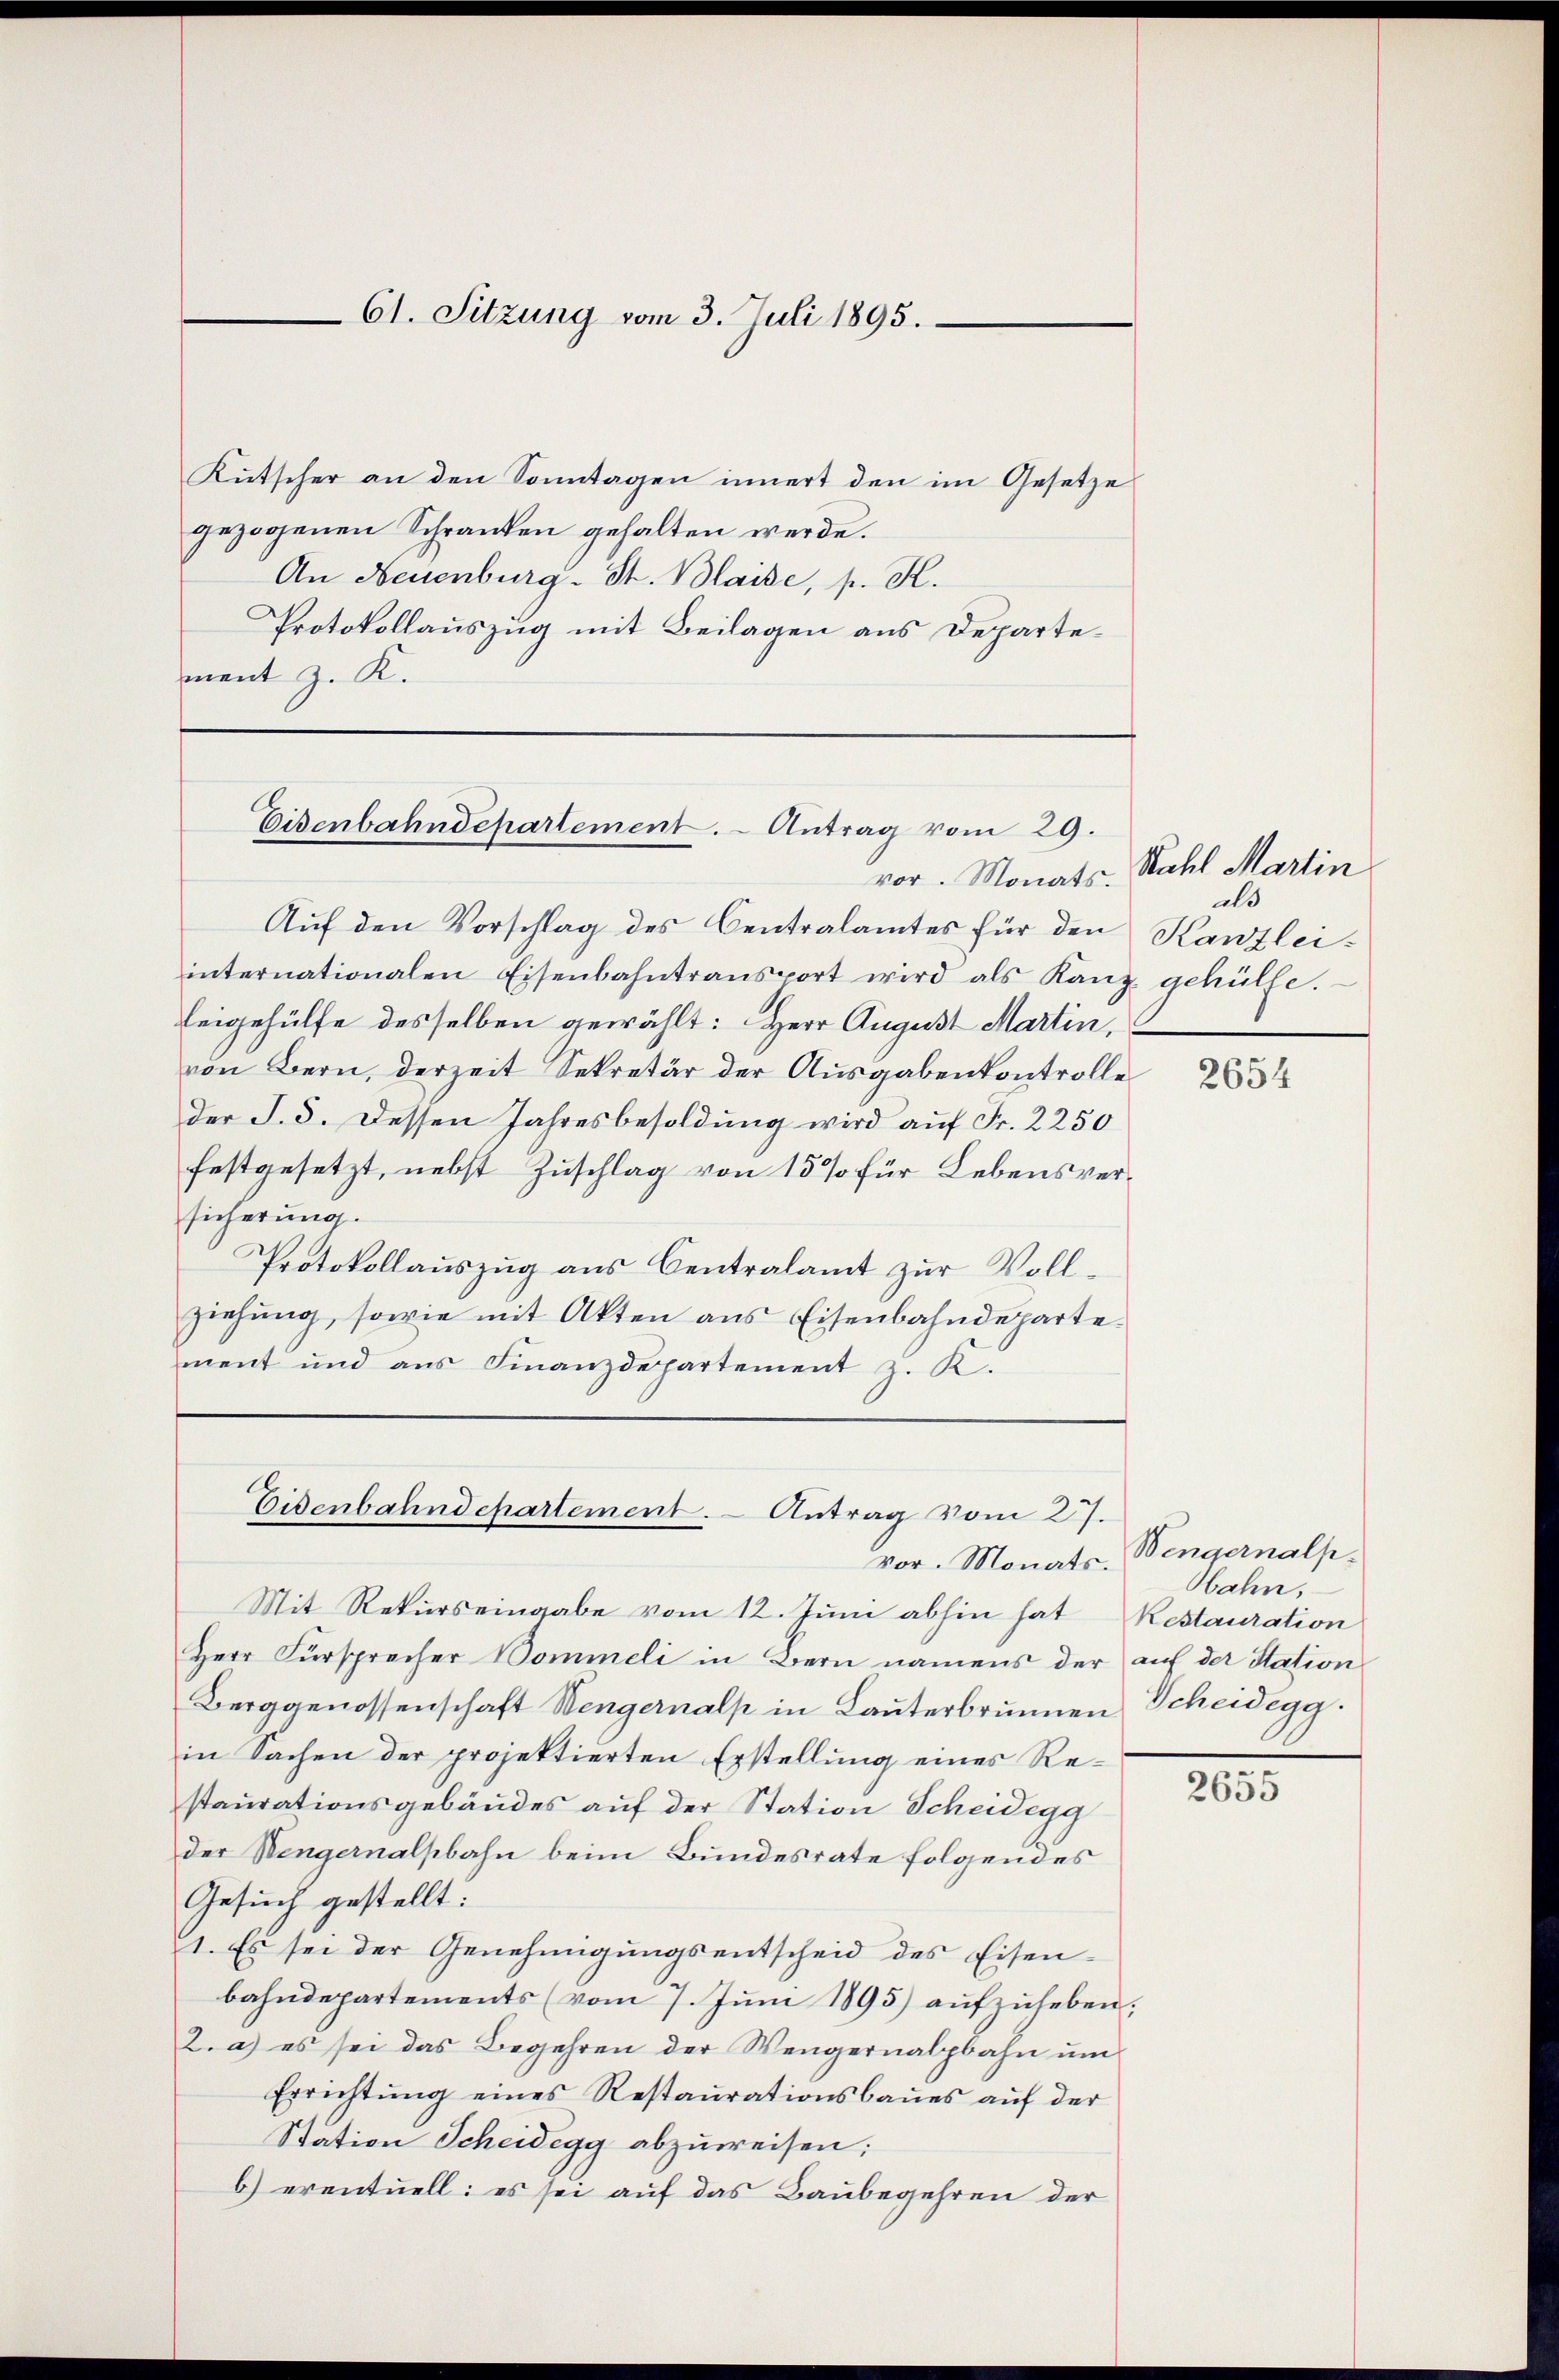
61. Sitzung vom 3. Juli 1895.

Kutscher an den Sonntagen innert den im Gesetze
gezogenen Schranken gehalten werde.
An Neuenburg-St. Blaise, p. R.
Protokollauszug mit Beilagen aus Departement z. K.

Eisenbahndepartement. - Antrag vom 29.

vor. Monats.
Auf den Vorschlag des Centralamtes für den Kanzlei-
internationalen Eisenbahntransport wird als Kanz gehülfe.
leigehülfe desselben gewählt: Herr August Martin,
von Bern, derzeit Sekretär der Ausgabenkontrolleder S. 5. Dessen Jahresbesoldung wird auf Fr. 2250
festgesetzt, nebst Zuschlag von 15% für Lebensversicherung.
Protokollaŭszŭg aŭs Centralamt zŭr Voll-
ziehung, sowie mit Akten aus Eisenbahndeparte.
ment und aus Finanzdepartement z. K.

Eisenbahndepartement. Antrag vom 27.

vor. Monats.
Mit Rekurs eingabe vom 12. Juni abhin hat Restauration
Herr Fürsprecher Domineli in Bern namens der auf der Station
Berggenossenschaft Wengernalp in Lauterbrunnen Scheidegg.
in Sachen der projektierten Erstellung eines Restaurationsgebäudes auf der Station Scheidegg
der Bengernalsbahn beim Bundesrate folgendes
Gesuch gestellt:
1. Es sei der Genehmigungsentscheid des Eisenbahndepartements (vom 7. Juni 1895) aufzuheben;
2. a) es sei das Begehren der Wengernalpbahn um
Errichtung eines Restaurationsbaues auf der
Station Scheidegg abzuweisen;
b) eventuell: es sei auf das Baubegehren der

Kahl Martin
als

2654

Wengernalp,
Obahn,

2655